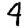
Digit: 4